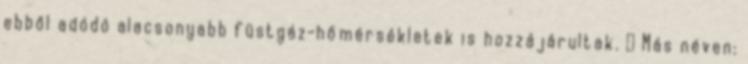
ebből adódó alacsonyabb füstgáz-hőmérsékletek is hozzájárultak. ↑ Más néven: